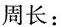
周长：